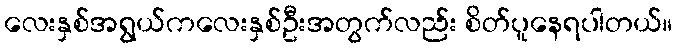
လေးနှစ်အရွယ်ကလေးနှစ်ဦးအတွက်လည်း စိတ်ပူနေရပါတယ်။